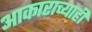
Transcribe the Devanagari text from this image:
आकाराच्याही